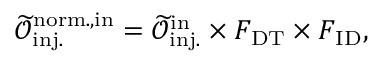
\mathcal { \widetilde { O } } _ { \mathrm { i n j . } } ^ { \mathrm { n o r m . , i n } } = \mathcal { \widetilde { O } } _ { \mathrm { i n j . } } ^ { \mathrm { i n } } \times F _ { \mathrm { D T } } \times F _ { \mathrm { I D } } ,